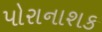
પોરાનાશક